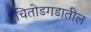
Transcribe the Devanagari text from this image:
चितोडगडातील